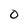
Character: o